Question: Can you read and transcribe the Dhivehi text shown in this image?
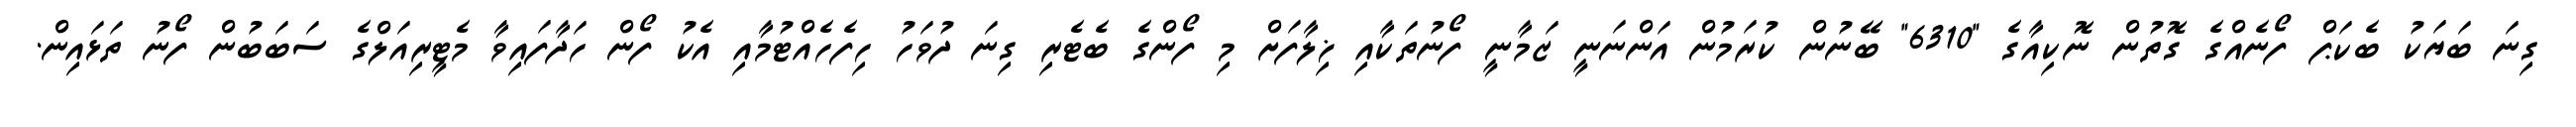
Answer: ގިނަ ބަޔަކު ބެކަޕް ފޯނެއްގެ ގޮތުން ނޮކިއާގެ "6310" ބޭނުން ކުރަމުން އަންނަނީ ޒަމާނީ ފޯނުތަކާއި ޚިލާފަށް މި ފޯންގެ ބެޓެރި ގިނަ ދުވަހު ހިފެހެއްޓުމާއި އެކު ފޯން ހަދާފައިވާ މެޓީރިއަލްގެ ސަބަބުން ފޯނު ތަޅައިން.